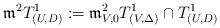
LaTeX: \begin{align*}\mathfrak{m}^2 T^1_{(U,D)} := \mathfrak{m}_{V,0}^2 T^1_{(V,\Delta)} \cap T^1_{(U,D)}\end{align*}